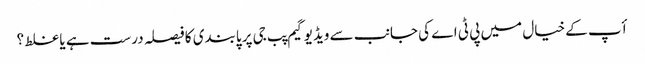
أپ کے خیال میں پی ٹی اے کی جانب سے ویڈیو گیم پب جی پر پابندی کا فیصلہ درست ہے یا غلط ؟